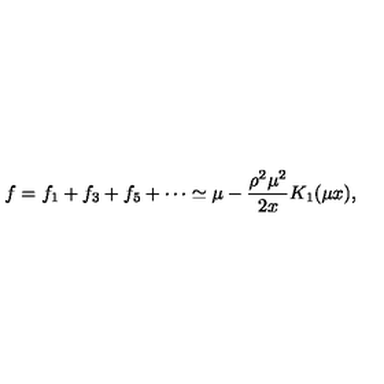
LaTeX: f = f _ { 1 } + f _ { 3 } + f _ { 5 } + \cdots \simeq \mu - \frac { \rho ^ { 2 } \mu ^ { 2 } } { 2 x } K _ { 1 } ( \mu x ) ,